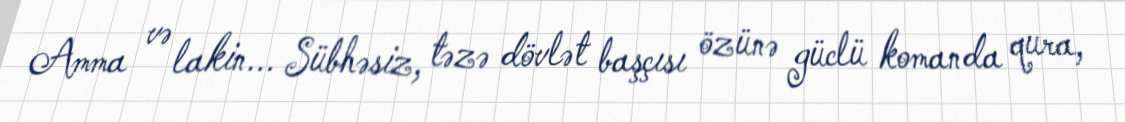
Amma və lakin... Sübhəsiz, təzə dövlət başçısı özünə güclü komanda qura,